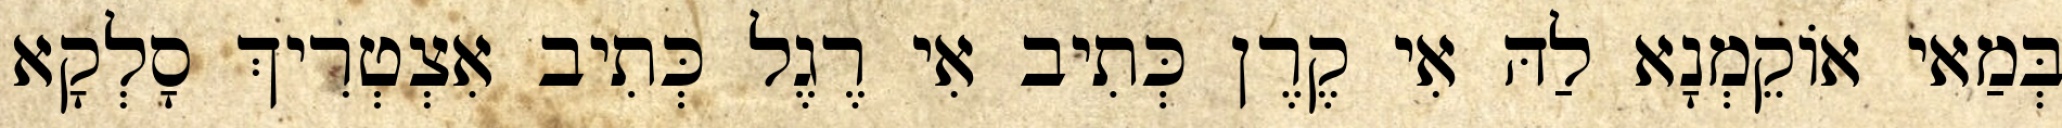
בְּמַאי אוֹקֵמְנָא לַהּ אִי קֶרֶן כְּתִיב אִי רֶגֶל כְּתִיב אִצְטְרִיךְ סָלְקָא